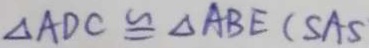
\Delta A D C \cong \Delta A B E ( S A S